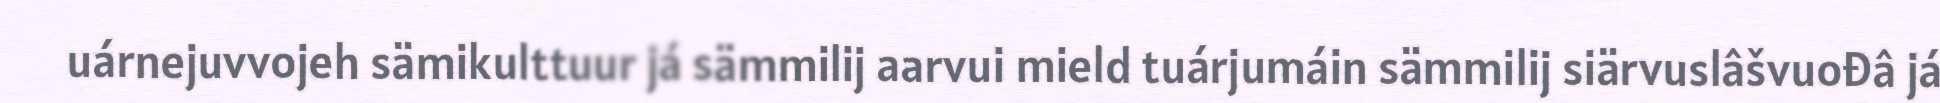
uárnejuvvojeh sämikulttuur já sämmilij aarvui mield tuárjumáin sämmilij siärvuslâšvuođâ já